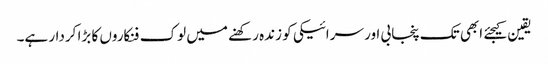
یقین کیجئے ابھی تک پنجابی اور سرائیکی کو زندہ رکھنے میں لوک فنکاروں کا بڑا کردار ہے۔